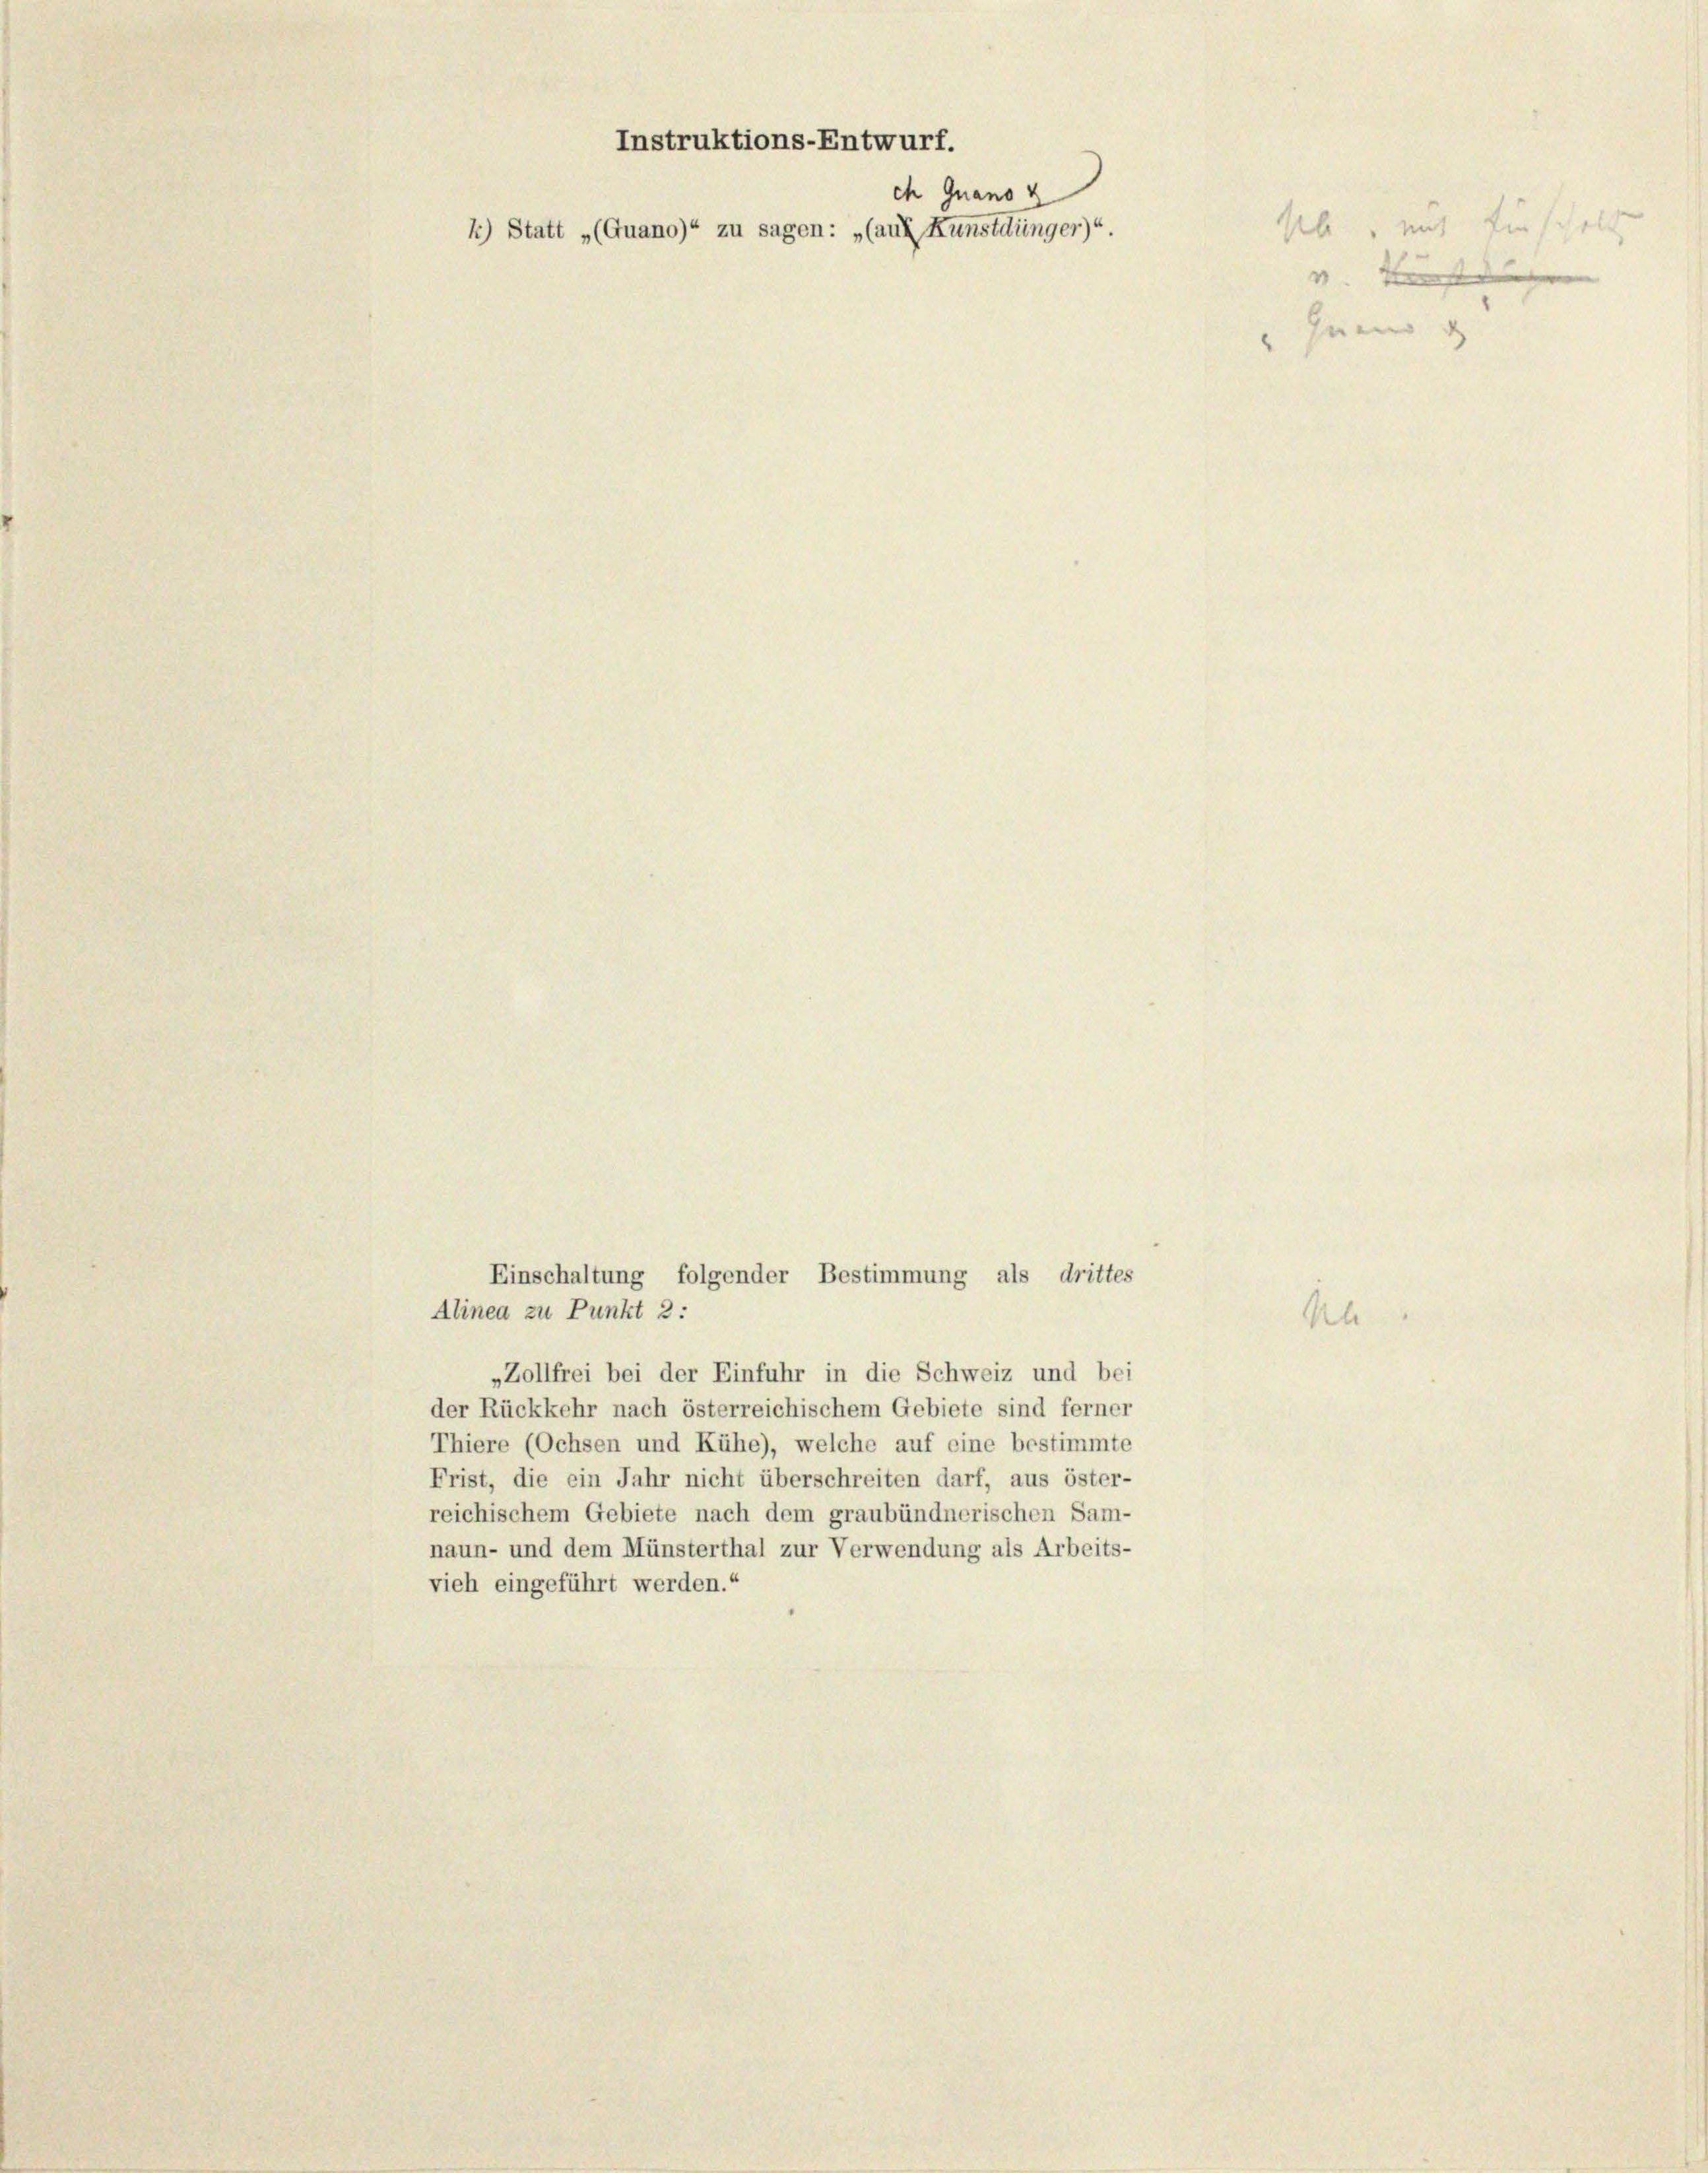
Instruktions-Entwurf.
ch Quano z
2) Statt „(Quano)“ zu sagen: „(auf Kunstdünger)“.

Einschaltung folgender Bestimmung als drittes

Alinea zu Punkt 2:
„Zollfrei bei der Einfuhr in die Schweiz und bei
der Rückkehr nach österreichischem Gebiete sind ferner
Thiere (Ochsen und Kühe), welche auf eine bestimmte
Frist, die ein Jahr nicht überschreiten darf, aus öster-
reichischem Gebiete nach dem graubündnerischen Sam-
naun- und dem Münsterthal zur Verwendung als Arbeits-
vieh eingeführt werden.“

sb, mit Ein scholt
v. Kunst den |
n

Al